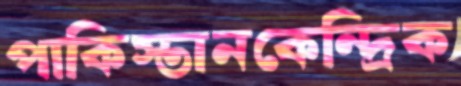
পাকিস্তানকেন্দ্রিক